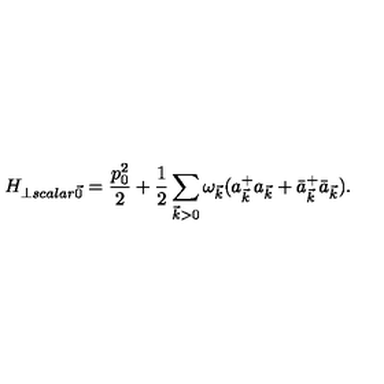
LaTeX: H _ { \perp s c a l a r \vec { 0 } } = \frac { p _ { 0 } ^ { 2 } } { 2 } + \frac { 1 } { 2 } \sum _ { \vec { k } > 0 } \omega _ { \vec { k } } ( a _ { \vec { k } } ^ { + } a _ { \vec { k } } + \bar { a } _ { \vec { k } } ^ { + } \bar { a } _ { \vec { k } } ) .